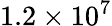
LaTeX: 1.2\times 10^{7}